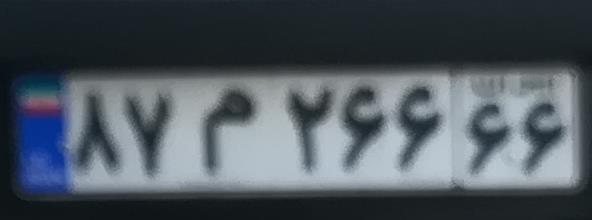
۸۷م۲۶۶۶۶